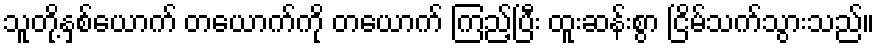
သူတို့နှစ်ယောက် တယောက်ကို တယောက် ကြည့်ပြီး ထူးဆန်းစွာ ငြိမ်သက်သွားသည်။